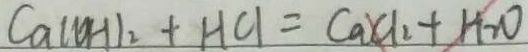
C a ( O H ) _ { 2 } + H C l = C a C l _ { 2 } + H _ { 2 } O